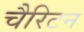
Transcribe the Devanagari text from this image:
चैरिटन